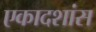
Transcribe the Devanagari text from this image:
एकादशांस